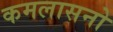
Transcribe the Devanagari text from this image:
कमलासनो